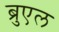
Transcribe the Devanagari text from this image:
ब्रुएल